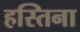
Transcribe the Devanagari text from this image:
हस्तिना